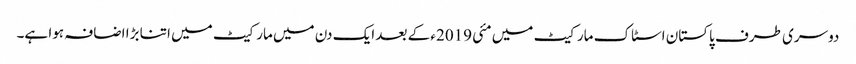
دوسری طرف پاکستان اسٹاک مارکیٹ میں مئی 2019ء کے بعد ایک دن میں مارکیٹ میں اتنا بڑا اضافہ ہوا ہے۔